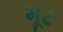
મૂઢ